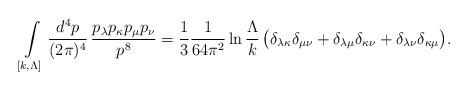
LaTeX: \begin{align*}\int\limits_{[k,\Lambda]} \frac{d^4p}{(2\pi)^4} \, \frac{p_\lambda p_\kappa p_\mu p_\nu}{p^8} =\frac{1}{3} \frac{1}{64\pi^2} \ln \frac{\Lambda}{k}\,\bigl( \delta_{\lambda\kappa}\delta_{\mu\nu} +\delta_{\lambda\mu}\delta_{\kappa\nu} +\delta_{\lambda\nu}\delta_{\kappa\mu}\bigr). \end{align*}